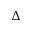
\Delta